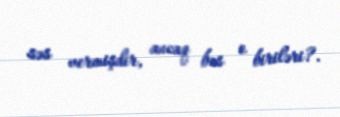
səs vermişdir, ancaq bəs o biriləri?.